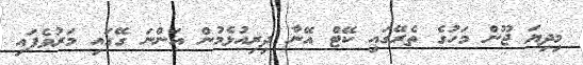
މިދިޔަ ޖޫން މަހުގެ ތެރޭގައި ކޭޓް އޭނާ ދިރިއުޅެމުން އަންނަ ގޭގައި މަރުވެފައި